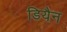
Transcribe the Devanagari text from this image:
डियैन